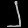
Digit: ၂